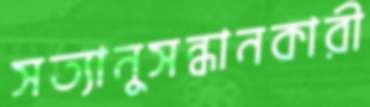
সত্যানুসন্ধানকারী